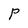
Character: P